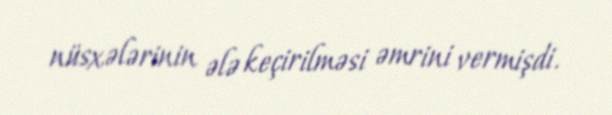
nüsxələrinin ələ keçirilməsi əmrini vermişdi.